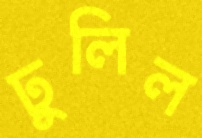
ঢুলিল